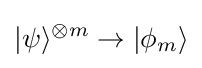
|\psi \rangle ^{\otimes m}\rightarrow |\phi _{m}\rangle